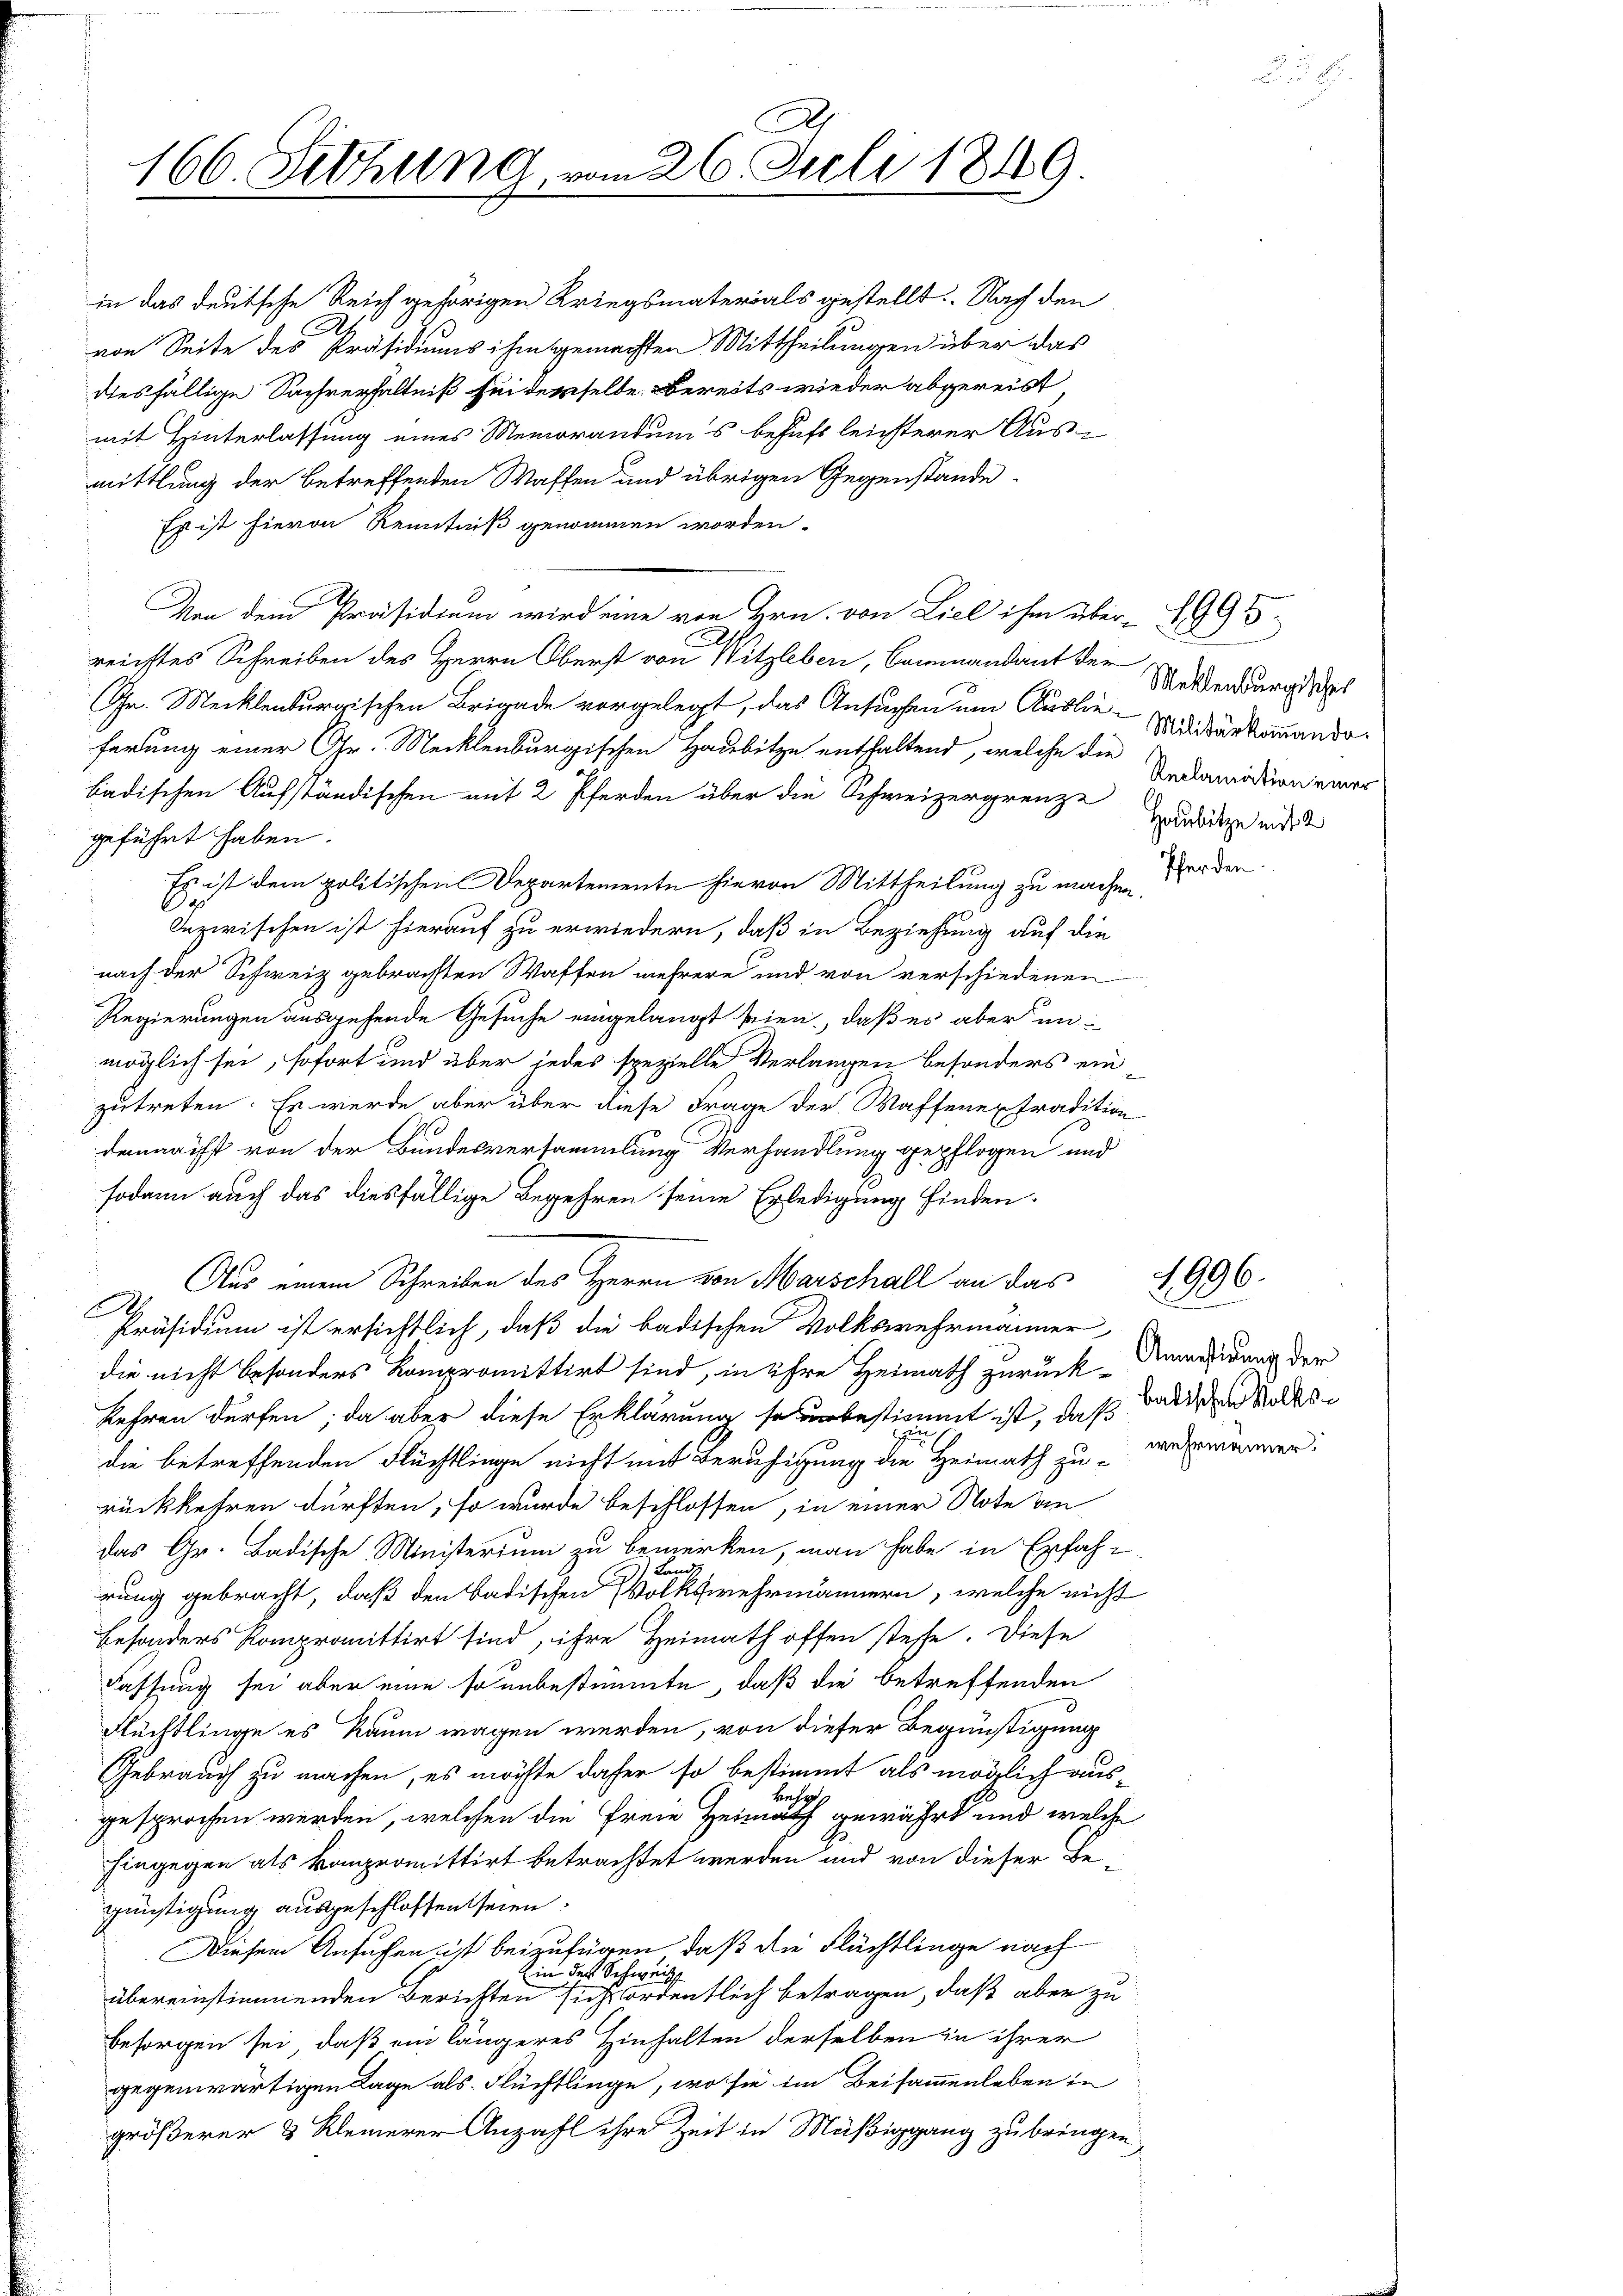
A
166. Setzung, vom 26. Juli 1849.

in das deutsche Reich gehörigen Kriegsmaterials gestellt. Nach den
von Seite des Präsidiums ihm gemachten Mittheilungen über das
diesfällige Sachverhältniß sei derselbe Bereits wieder abgereist
mit Hinterlassung eines Memorandums behufs leichterer Ausmittlung der betreffenden Waffen und übrigen Gegenstande
Es ist hievon Kenntniß genommen worden.
Von dem Präsidium wird eine von Hrn. von Liel ihm über 1995
reichtes Schreiben des Herrn Oberst von Witzleben, Commandant der
Gr. Mecklenburgischen Brigade vorgelegt, das Ansuchen um Auslieferung einer Gr. Mecklenburgischen Haubitze enthaltend, welche die
badischen Aufständischen mit 2 Pferden über die Schweizergrenze
geführt haben.
Es ist dem politischen Departemente hievon Mittheilung zu machen werden.
Onzwischen ist hierauf zu erwiedern, daß in Beziehung auf die
nach der Schweiz gebrachten Waffen mehrere und von verschiedenen
Regierungen ausgehende Gesuche eingelangt seien, daß es aber unmöglich sei, sofort und über jedes spezielle Verlangen besonders ein
zutreten. Es werde aber über diese Frage der Waffenextradition
demnächst von der Bundesversammlung Verhandlung gepflogen und
sodann auch das diesfällige Begehren seine Erledigung finden.
Aus einem Schreiben des Herrn von Marschall an das
Präsidium ist ersichtlich, daß die badischen Volkswehrmänner
die nicht besonders kompromittirt sind, in ihre Heimath zurück-Anmasirung der
kehren dürfen; da aber diese Erklärung so bestimmt ist, daß Badischen Volksdie betreffenden Flüchtlinge nicht mit Beruhigung die Heimath zu vermänner
rückkehren dürften, so wurde beschlossen, in einer Note an
das Gr. Badische Ministerium zu bemerken, man habe in Erfahr
Land
rung gebracht, daß den badischen Volkswehrmännern, welche nicht
Besonders Kompromittirt sind, ihre Heimath offen stehe. Diese
Fassung sei aber eine so unbestimmte, daß die betreffenden
Flüchtlinge es kaum wagen werden, von dieser Begünstigung
Gebrauch zu machen, es möchte daher so bestimmt als möglich ausbehaf
gesprochen werden, welchen die Freie Heimath gewährt und welche
hingegen als Kompromittirt betrachtet werden und von dieser Begünstigung ausgeschlossen seien.
Diesem Ansuchen ist beizufügen, daß die Flüchtlinge nach
in des Schweiz
übereinstimmenden Berichten sich ordentlich betragen, daß aber zu
besorgen sei, daß ein längeres Hinhalten derselben in ihrer
gegenwärtigen Tage als Flüchtlinge, wo sie im Beisammenleben in
größerer 3 Kleinerer Anzahl ihre Zeit in Müßiggang zu bringen

Meklenburgischer
Militärkommando.
Reclamation einer
Haubitze mit 2

1496.